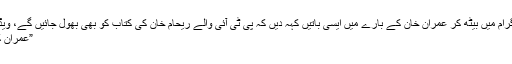
“ گستاخ طارق فتح نے بھارتی پروگرام میں بیٹھ کر عمران خان کے بارے میں ایسی باتیں کہہ دیں کہ پی ٹی آئی والے ریحام خان کی کتاب کو بھی بھول جائیں گے، ویڈیو نے سوشل میڈیا پر تہلکہ مچا دیا
”عمران کی ساری زندگی بھارتی خواتین کو۔